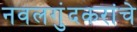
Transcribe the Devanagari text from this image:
नवलगुंदकरांचे